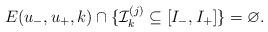
LaTeX: \begin{align*}E(u_-, u_+, k)\cap\{\mathcal I^{(j)}_k \subseteq [I_-, I_+]\} = \varnothing.\end{align*}